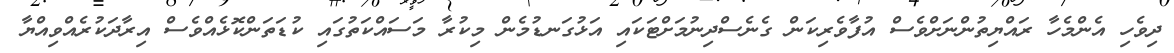
ދިވެހި އެންމެހާ ރައްޔިތުންނަށްވެސް އުފާވެރިކަން ގެނެސްދިނުމަށްޓަކައި އަޅުގަނޑުމެން މިކުރާ މަސައްކަތުގައި ކުޑަތަންކޮޅެއްވެސް އިރާދަކުރެއްވިއްޔާ